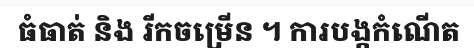
ធំធាត់ និង រីកចម្រើន ។ ការបង្កកំណើត